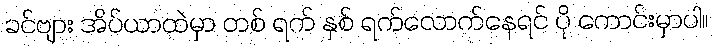
ခင်ဗျား အိပ်ယာထဲမှာ တစ် ရက် နှစ် ရက်လောက်နေရင် ပို ကောင်းမှာပါ။